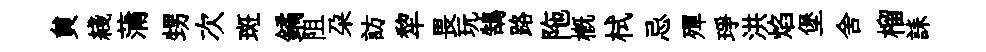
貟綫蒲甥次斑鐍阻朶訪犂畏玩鵠路陁概栻忌殫琤洪焰堡舍榴誄